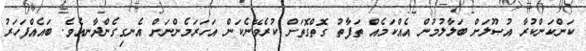
ކަންކަންކުރާ އުޞޫލަށް ބަލާލުމުން އެއްކަމެއް ތަފާތު ގޮތްގޮތަށް ކުރެވޭނެކަން އަހަރަމެންނަށް އެނގިގެންދާނއެވެ. ބައެއްފަހަރު